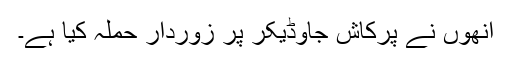
انھوں نے پرکاش جاوڈیکر پر زوردار حملہ کیا ہے۔